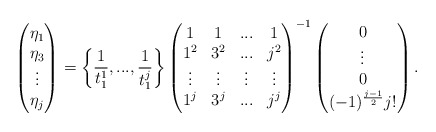
\begin{align*}\begin{pmatrix}\eta_1\\\eta_3\\\vdots\\\eta_j\end{pmatrix}=\bigg\{\frac{1}{t_1^1},...,\frac{1}{t_1^j}\bigg\}\begin{pmatrix}1 & 1 & ... & 1\\1^2 & 3^2 &... & j^2\\\vdots & \vdots & \vdots & \vdots\\1^{j} & 3^j & ... & j^j\\\end{pmatrix}^{-1}\begin{pmatrix}0\\\vdots\\0\\(-1)^{\frac{j-1}{2}}j!\\\end{pmatrix}.\end{align*}